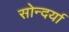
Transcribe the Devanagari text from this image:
सोन्दर्या